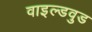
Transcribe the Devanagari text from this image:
वाइल्डवुड